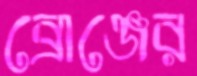
ব্রোঞ্জের